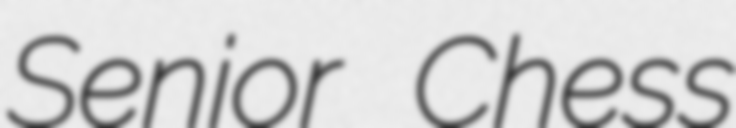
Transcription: Senior Chess